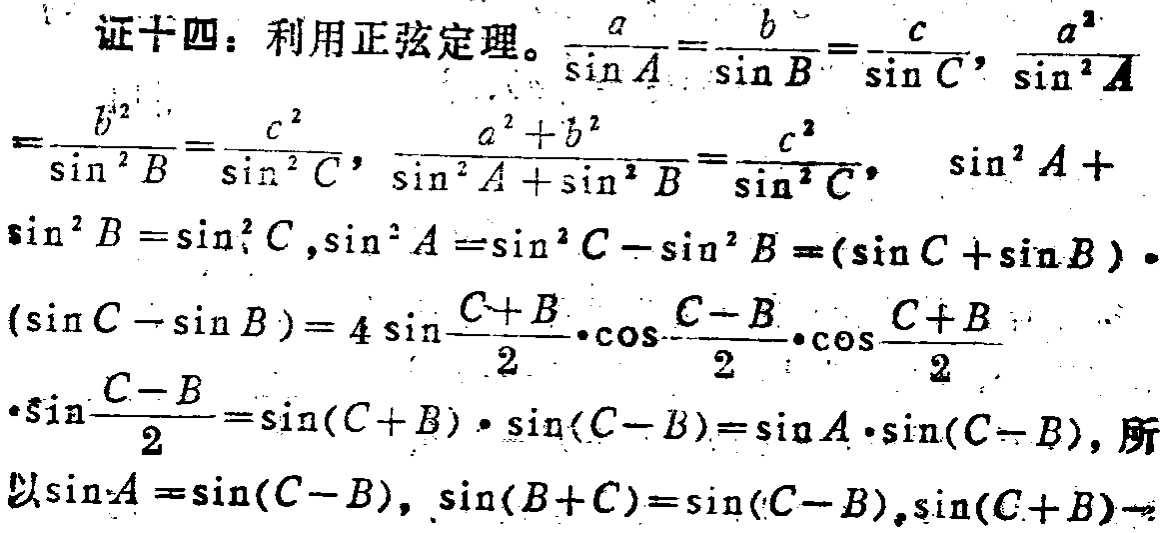
证十四：利用正弦定理。\(\frac{a}{\sin A}=\frac{b}{\sin B}=\frac{c}{\sin C}\)，\(\frac{a^{2}}{\sin^{2}A}\)

\(=\frac{b^{2}}{\sin^{2}B}=\frac{c^{2}}{\sin^{2}C}\)，\(\frac{a^{2}+b^{2}}{\sin^{2}A + \sin^{2}B}=\frac{c^{2}}{\sin^{2}C}\)，\(\sin^{2}A +\)

\(\sin^{2}B=\sin^{2}C\)，\(\sin^{2}A=\sin^{2}C - \sin^{2}B = (\sin C+\sin B)\cdot\)

\((\sin C - \sin B)=4\sin\frac{C + B}{2}\cdot\cos\frac{C - B}{2}\cdot\cos\frac{C + B}{2}\)

\(\cdot\sin\frac{C - B}{2}=\sin(C + B)\cdot\sin(C - B)=\sin A\cdot\sin(C - B)\)，所

以\(\sin A=\sin(C - B)\)，\(\sin(B + C)=\sin(C - B)\)，\(\sin(C + B)-\)